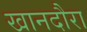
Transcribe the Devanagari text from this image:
खानदौरा